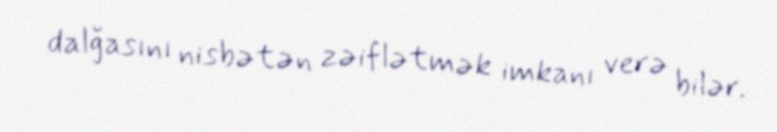
dalğasını nisbətən zəiflətmək imkanı verə bilər.